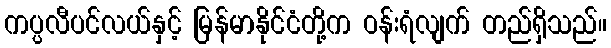
ကပ္ပလီပင်လယ်နှင့် မြန်မာနိုင်ငံတို့က ဝန်းရံလျက် တည်ရှိသည်။